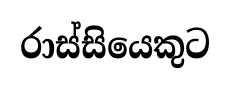
රාස්සියෙකුට